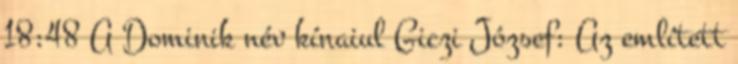
18:48 A Dominik név kínaiul Giczi József: Az említett